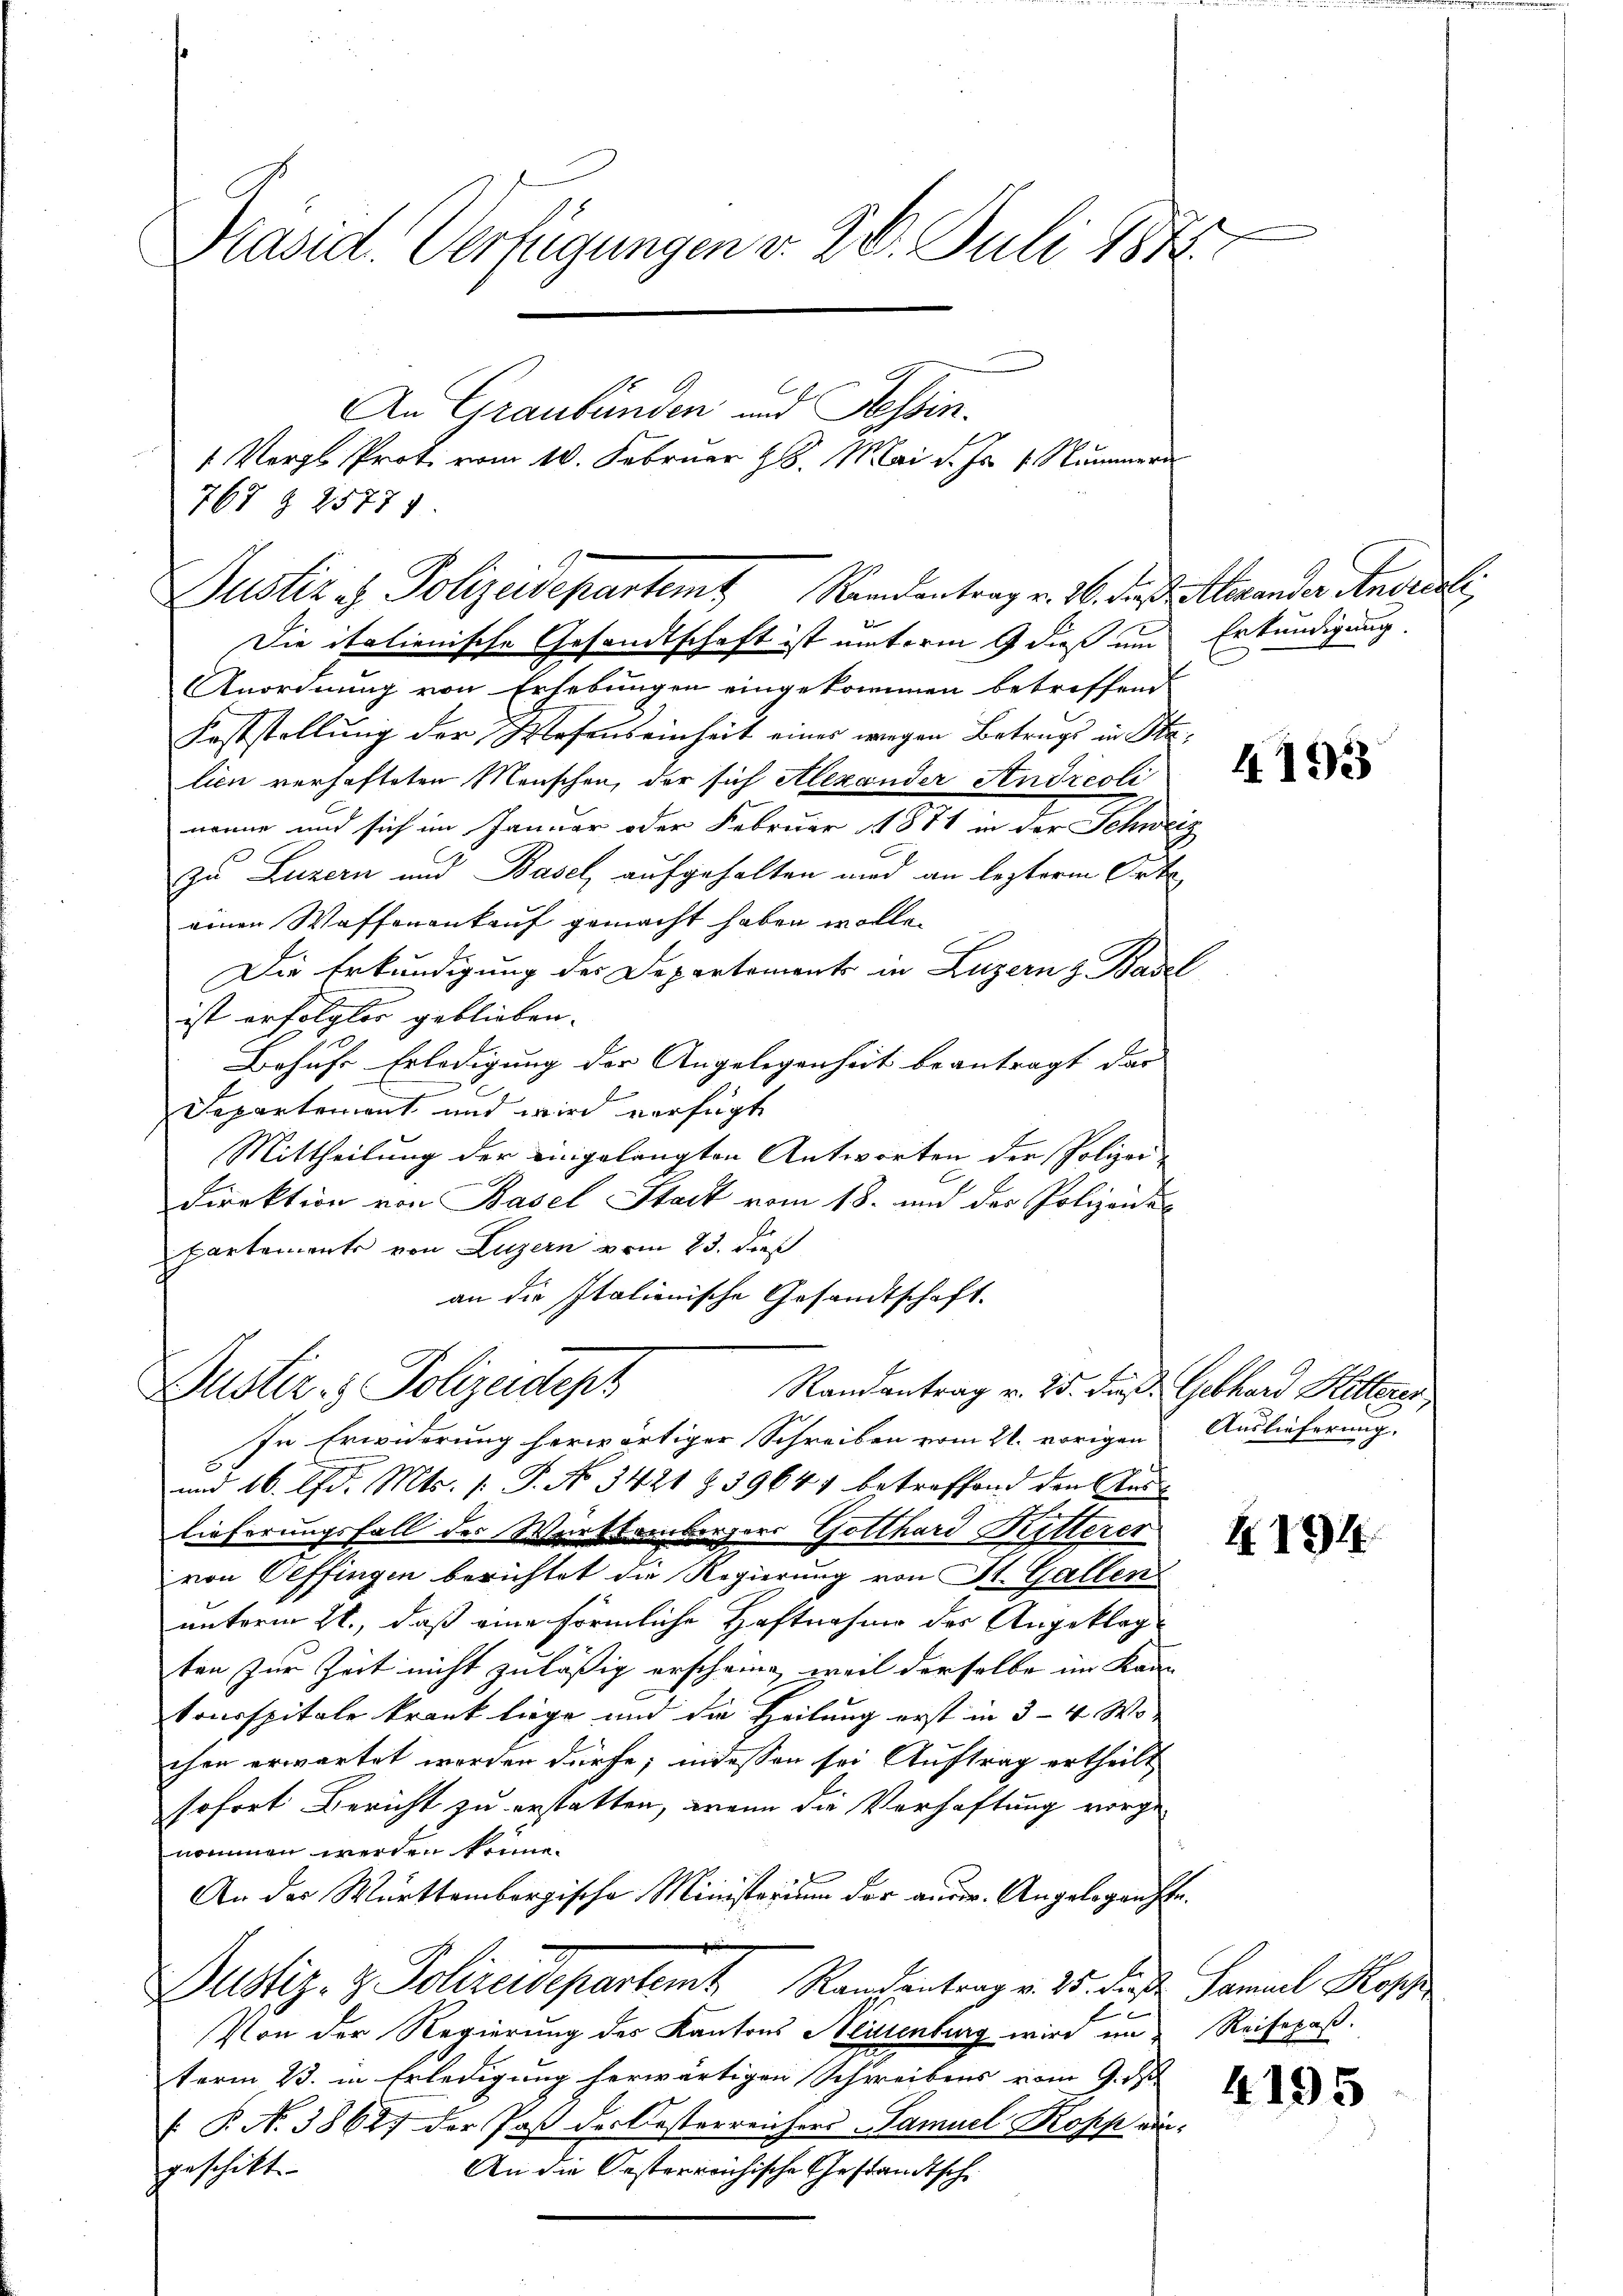
Präsid. Verfügungen v. 20. Juli 1882.
An Graubünden und Tessin.
 Vergl. Prot. vom 10. Februar 18. Mai d. Js. 4 Nummer

Die italienische Gesandtschaft ist miterm 9 dieß um
Anordnung von Erhebungen eingekommen betreffend
Feststellung der Wesenseinheit eines wegen Betrugs in Stalien verhafteten Menschen, der sich Alexander Andreoli
nenne und sich im Januar oder Februar 1871 in der Schwei
zu Luzern und Basel, aufgehalten und an lezterm Orte
einen Waffenankauf gemacht haben wolle.
Die Erkundigung des Departements in Luzern z. Basel
ist erfolgter geblieben.
Behufs Erledigung der Angelegenheit beantragt der |
u
Separtement und wird verfügt
Mittheilung der eingelangten Antworten der Polizei-
Direktion von Basel Stack vom 18. und der Polizeide
partements von Luzern vom 23. dieß
an die Italienische Gesandtschaft.
Justiz- & Polizeidept
Randantrag v. 25. dieß Gebhard Ritters,
In Erwiderung herwärtiger Schreiben vom 21. vorigen
und 16. d. Mts. 1. P. No. 3421 § 39641 betreffend den Auslieferungsfall des Württembergers Gotthard Ritterer
von Oeffingen berichtet die Regierung von St. Gallen
unterm 22., daß eine förmliche Haftnahme des Angeklagten zur Zeit nicht zuläßig erscheine, weil derselbe im Kan-
tonsspitale krank liege und die Heilung erst in 3–4 Wo
chen erwartet worden dürfe; indessen sei Auftrag ertheilt
sofort Bericht zu erstatten, wenn die Verhaftung vorgenommen werden könne.
An der Württembergische Ministerum der auser. Angelegenste.
h
Dustiz- & Polizeisepartemt Randantrag v. 25. die Samuel Kop
f
Von der Regierung des Kantons Meistenburg wird un
term 23. in Erledigung herwärtigen Schreibens vom 9. d
 P. No 38687 der Paß der Oesterreichers Samuel Kopp ein¬
An die Oesterreichische Gestandtsche
geschikt.

767 § 25771
Justiz - Polizeidepartemt Rindentrag v. 26. der Alexander Anerieli,

Erkundigung.

E

4193

Auslieferung.

4194

Reisepaß.

4195